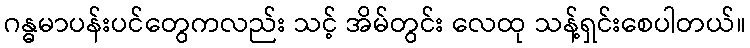
ဂန္ဓမာပန်းပင်တွေကလည်း သင့် အိမ်တွင်း လေထု သန့်ရှင်းစေပါတယ်။